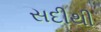
સદીથી